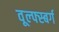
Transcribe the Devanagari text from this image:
वूल्फ्स्बर्ग